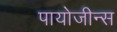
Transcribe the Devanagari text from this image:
पायोजीन्स